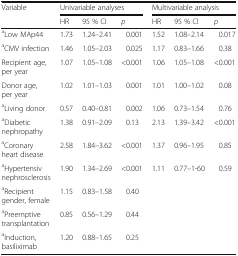
<table><thead><tr><td rowspan="2"><b>Variable</b></td><td colspan="3"><b>Univariable analyses</b></td><td colspan="3"><b>Multivariable analysis</b></td></tr><tr><td><b>HR</b></td><td><b>95 % CI</b></td><td><b><i>p</i></b></td><td><b>HR</b></td><td><b>95 % CI</b></td><td><b><i>p</i></b></td></tr></thead><tbody><tr><td><sup>a</sup>Low MAp44</td><td>1.73</td><td>1.24–2.41</td><td>0.001</td><td>1.52</td><td>1.08–2.14</td><td>0.017</td></tr><tr><td><sup>a</sup>CMV infection</td><td>1.46</td><td>1.05–2.03</td><td>0.025</td><td>1.17</td><td>0.83–1.66</td><td>0.38</td></tr><tr><td>Recipient age, per year</td><td>1.07</td><td>1.05–1.08</td><td>&lt;0.001</td><td>1.06</td><td>1.05–1.08</td><td>&lt;0.001</td></tr><tr><td>Donor age, per year</td><td>1.02</td><td>1.01–1.03</td><td>0.001</td><td>1.01</td><td>1.00–1.02</td><td>0.08</td></tr><tr><td><sup>a</sup>Living donor</td><td>0.57</td><td>0.40–0.81</td><td>0.002</td><td>1.06</td><td>0.73–1.54</td><td>0.76</td></tr><tr><td><sup>a</sup>Diabetic nephropathy</td><td>1.38</td><td>0.91–2.09</td><td>0.13</td><td>2.13</td><td>1.39–3.42</td><td>&lt;0.001</td></tr><tr><td><sup>a</sup>Coronary heart disease</td><td>2.58</td><td>1.84–3.62</td><td>&lt;0.001</td><td>1.37</td><td>0.96–1.95</td><td>0.85</td></tr><tr><td><sup>a</sup>Hypertensiv nephrosclerosis</td><td>1.90</td><td>1.34–2.69</td><td>&lt;0.001</td><td>1.11</td><td>0.77–1-60</td><td>0.59</td></tr><tr><td><sup>a</sup>Recipient gender, female</td><td>1.15</td><td>0.83–1.58</td><td>0.40</td><td></td><td></td><td></td></tr><tr><td><sup>a</sup>Preemptive transplantation</td><td>0.85</td><td>0.56–1.29</td><td>0.44</td><td></td><td></td><td></td></tr><tr><td><sup>a</sup>Induction, basiliximab</td><td>1.20</td><td>0.88–1.65</td><td>0.25</td><td></td><td></td><td></td></tr></tbody></table>